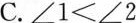
C$$.∠ 1 < ∠ 2$$